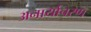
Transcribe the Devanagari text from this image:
अनार्याचरण